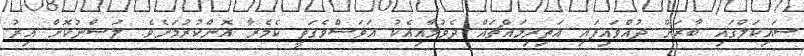
ސައިކަލްގައި ބާރަށް ދުއްވައިފައި އަތިރިމައްޗައް ދެވުމާއިއެކު އަވަސްވެގަތީ ކެމެރާ އޮންކުރުމަށެވެ. ލަސްނުކޮށް އިރު